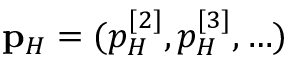
{ \bf p } _ { H } = ( p _ { H } ^ { [ 2 ] } , p _ { H } ^ { [ 3 ] } , \ldots )